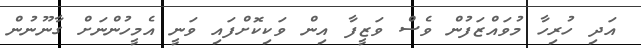
އަދި ހުރިހާ މުވައްޒަފުން ވެސް ވަޒީފާ އިން ވަކިކޮށްފައި ވަނީ އެމީހުންނަށް ގާނޫނުން